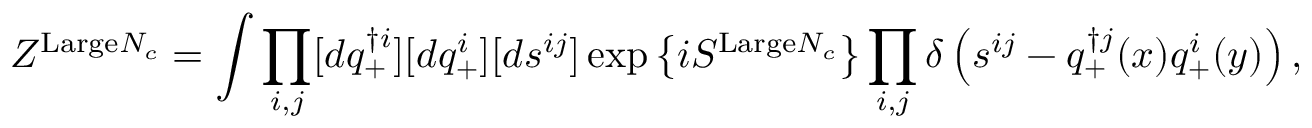
Z ^ { \mathrm { L a r g e } N _ { c } } = \int \prod _ { i , j } [ d q _ { + } ^ { \dag i } ] [ d q _ { + } ^ { i } ] [ d s ^ { i j } ] \exp \left\{ i S ^ { \mathrm { L a r g e } N _ { c } } \right\} \prod _ { i , j } \delta \left( s ^ { i j } - q _ { + } ^ { \dag j } ( x ) q _ { + } ^ { i } ( y ) \right) ,